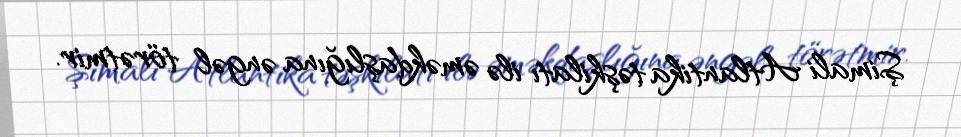
Şimali Atlantika təşkilatı ilə əməkdaşlığına əngəl törətmir.